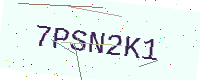
Text: 7PSN2K1